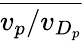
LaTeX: \overline{{v_{p}/v_{D_{p}}}}